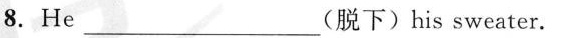
8. He___(脱下)his sweater.